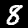
Label: 8